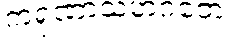
ကရုဏာသဟဂတေ